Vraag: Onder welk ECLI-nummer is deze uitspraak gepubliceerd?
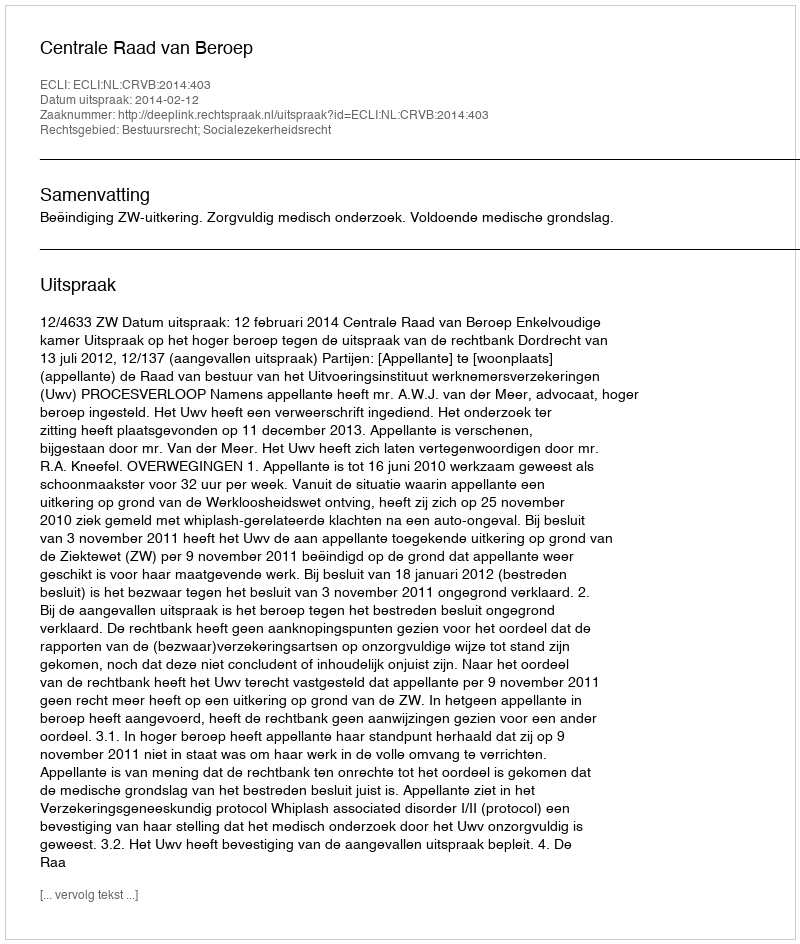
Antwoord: ECLI:NL:CRVB:2014:403